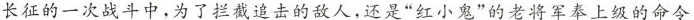
长征的一次战斗中，为了拦截追击的敌人，还是”红小鬼”的老将军奉上级的命令